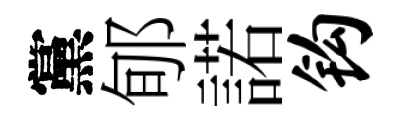
黨郇諾钩